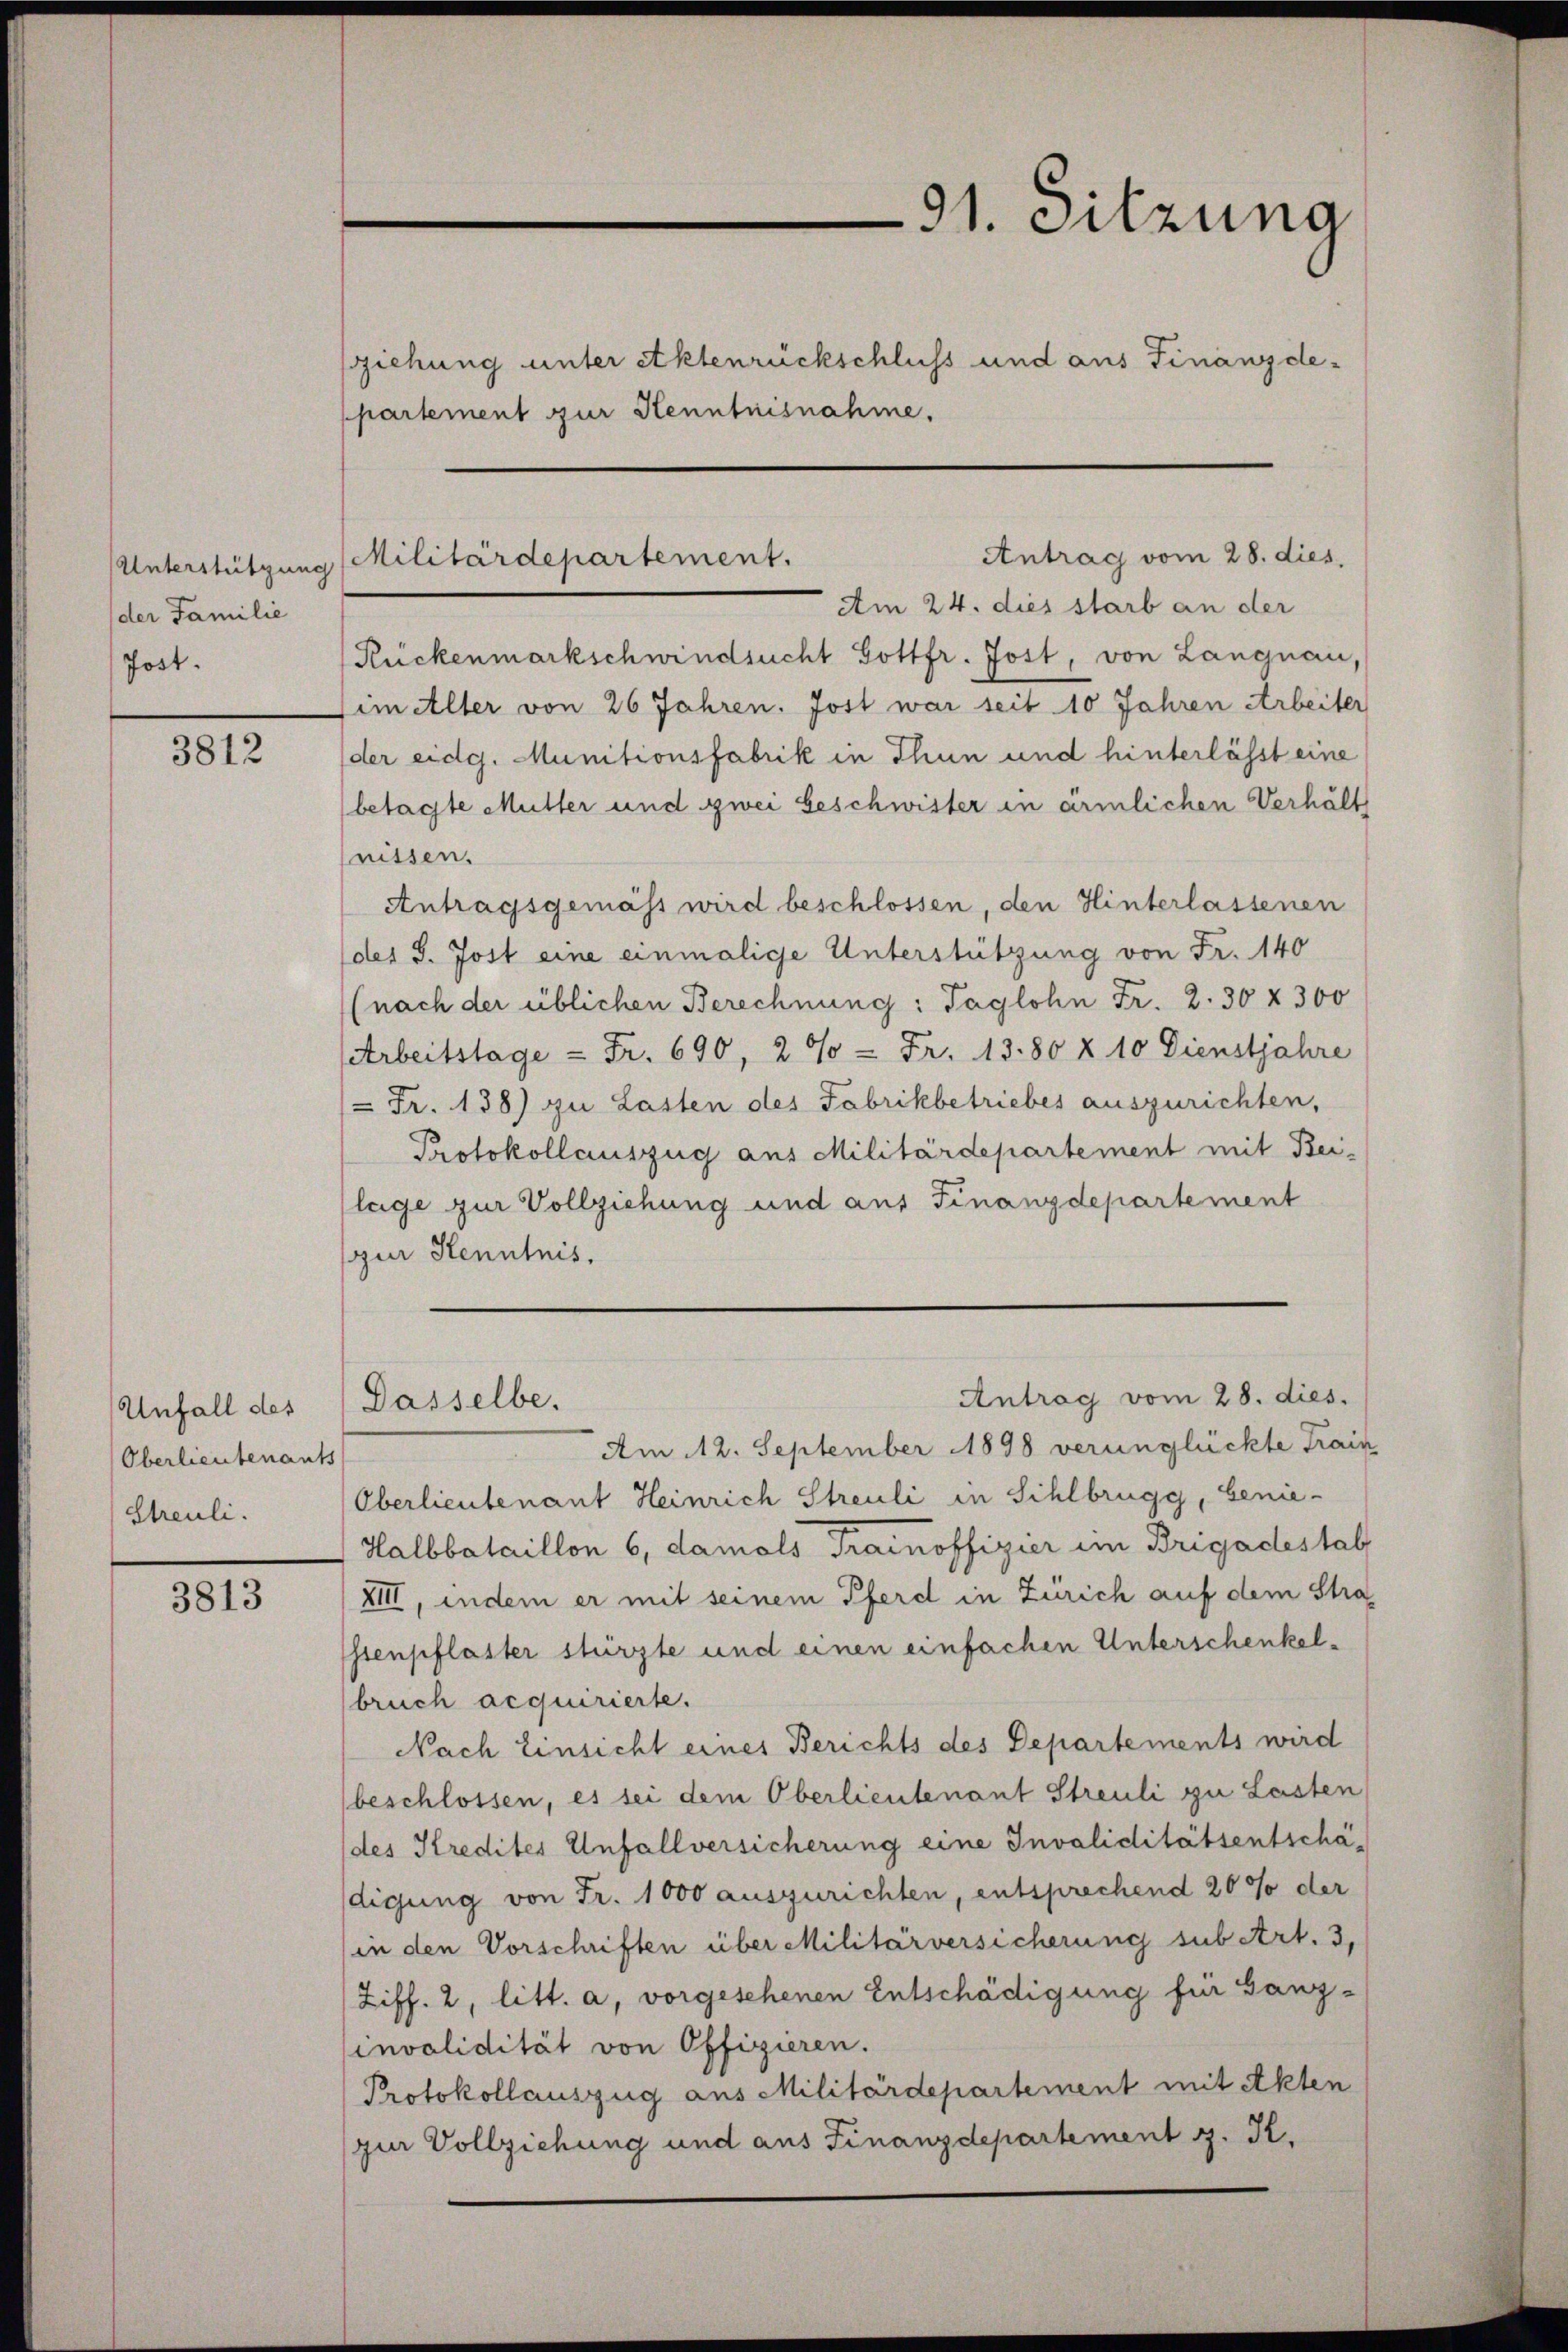
Unterstützung
der Familie
Jost.

3812

Unfall des
Oberlieutenants
Streuli.

3813

ziehung unter Aktenrückschluss und aus Finanzde-
ppartement zur Kenntnisnahme.

Militärdepartement.

Am 24. dies starb an der
Rückenmarkschwindsucht Gottfr. Jost, von Langnau,
im Aller von 26 Jahren. Jost war seit 10 Jahren Arbeiter
der eidg. Munitionsfabrik in Thun und hinterlässt eine
betagte Mutter und zwei beschwister in ärmlichen Verhält
nissen.
Antragsgemäss wird beschlossen, den Hinterlassenen
des S. Jost eine einmalige Unterstützung von Fr. 140
(nach der üblichen Berechnung: Taglohn Fr. 2. 30 x 300
Arbeitstage - Fr. 690, 20 = Fr. 1380 § 10 Dienstjahre
Fr. 138) zu Lasten des Fabrikbetriebes auszurichten,
Protokollauszug aus Militärdepartement mit Beilage zur Vollziehung und aus Finanzdepartement
zur Kenntnis.

91. Sitzung

Antrag vom 28. dies

Am 12. September 1898 verunglückte Train
Oberlieutenant Heinrich Streuli in Sihlbrugg, benie-
Halbbataillon 6, damals Trainoffizier im Brigadestal
XIII, indem er mit seinem Pferd in Zürich auf dem Strassenpflaster stürzte und einen einfachen Unterschenkelbruch acquirierte.
Nach Einsicht eines Berichts des Departements wird
beschlossen, es sei dem Oberlieutenant Streuli zu Lasten
(des Kredites Unfallversicherung eine Invaliditätsentschädigung von Fr. 1000 auszurichten, entsprechend 20 % der
in den Vorschriften über Militärversicherung sub Art. 3,
Ziff. 2, litt. a, vorgesehenen Entschädigung für Ganz-
invalidität von Offizieren.
Protokollauszug aus Militärdepartement mit Akten
zur Vollziehung und aus Finanzdepartement z. K.

Antrag vom 28. dies.
Dasselbe.